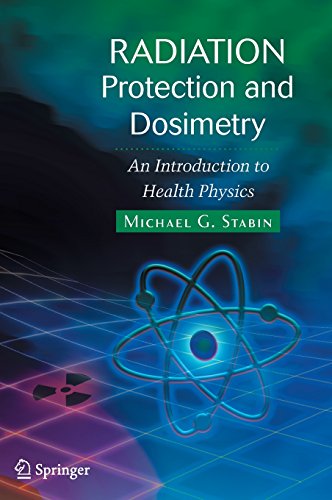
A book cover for Radiation Protection and Dosimetry: An Introduction to Health Physics; Michael G. Stabin; Medical Books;